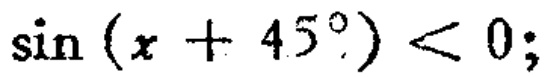
\(\sin(x + 45^{\circ}) < 0;\)